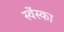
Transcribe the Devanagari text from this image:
स्वेंस्का